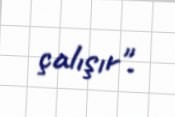
çalışır".